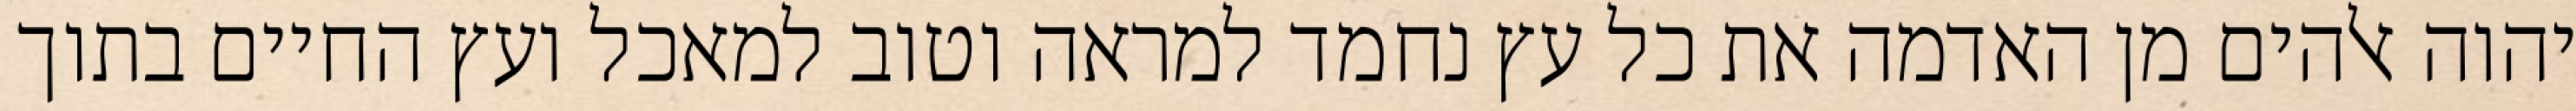
יהוה אלהים מן האדמה את כל עץ נחמד למראה וטוב למאכל ועץ החיים בתוך